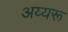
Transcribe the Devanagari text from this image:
अय्यरू